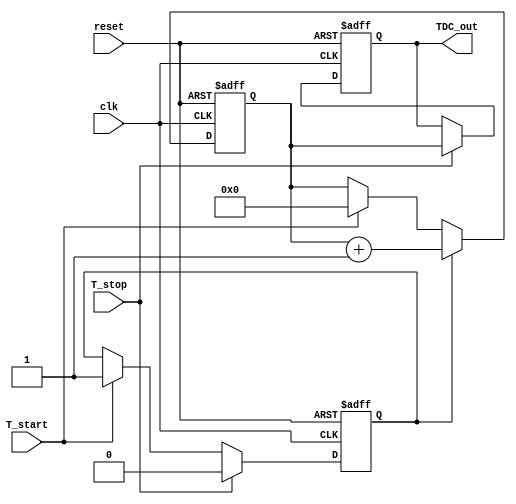
module TDC_Vernier_Delay_Line (
    input wire clk,           // System clock
    input wire reset,         // Reset signal
    input wire T_start,       // Start signal
    input wire T_stop,        // Stop signal
    output reg [15:0] TDC_out // 16-bit digital output for TDC measurement
);

// Parameters for delay lines
parameter NUM_DELAY_ELEMENTS = 16; // Number of delay elements
parameter DELAY_INCREMENT = 1;      // Delay increment in clock cycles

// Delay line registers
reg [NUM_DELAY_ELEMENTS-1:0] ref_delay_line;
reg [NUM_DELAY_ELEMENTS-1:0] meas_delay_line;

// Counter for TDC measurement
reg [15:0] counter;
reg measuring;

// Comparator output
reg comparator_out;

// Initialize delay lines and counter
always @(posedge clk or posedge reset) begin
    if (reset) begin
        ref_delay_line <= 0;
        meas_delay_line <= 0;
        counter <= 0;
        TDC_out <= 0;
        measuring <= 0;
    end else begin
        // Initialize reference delay line
        ref_delay_line <= {ref_delay_line[NUM_DELAY_ELEMENTS-2:0], 1'b1}; // Shift in a '1' for reference
        
        // Initialize measuring delay line
        if (measuring) begin
            meas_delay_line <= {meas_delay_line[NUM_DELAY_ELEMENTS-2:0], 1'b1}; // Shift in a '1' for measurement
        end else begin
            meas_delay_line <= 0; // Reset measuring delay line
        end
        
        // Start measuring on T_start signal
        if (T_start) begin
            measuring <= 1;
            counter <= 0; // Reset counter
        end
        
        // Stop measuring on T_stop signal
        if (T_stop) begin
            measuring <= 0;
            TDC_out <= counter; // Capture the counter value
        end
        
        // Increment counter if measuring
        if (measuring) begin
            counter <= counter + 1;
        end
        
        // Comparator logic
        comparator_out <= (ref_delay_line[NUM_DELAY_ELEMENTS-1] && !meas_delay_line[NUM_DELAY_ELEMENTS-1]);
    end
end

endmodule